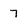
Character: 7